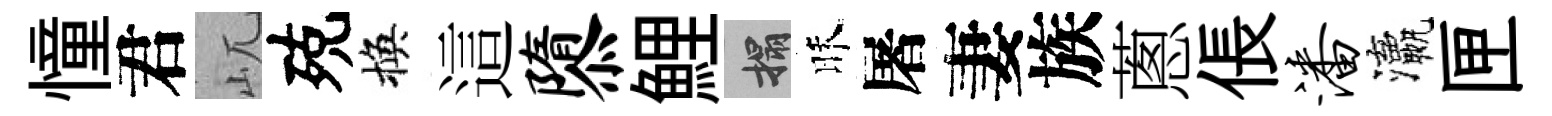
憧君屼殑換這隳鯉搨昧屠妻族蔥倀潘瀛匣